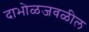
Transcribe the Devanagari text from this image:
दाभोळजवळील